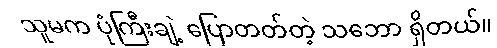
သူမက ပုံကြီးချဲ့ ပြောတတ်တဲ့ သဘော ရှိတယ်။